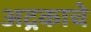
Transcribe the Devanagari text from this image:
अद्रकाचे